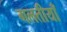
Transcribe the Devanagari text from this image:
गलतीयाँ